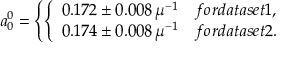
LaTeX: a _ { 0 } ^ { 0 } = \left\{ \left\{ \begin{array} { l l } { { 0 . 1 7 2 \pm 0 . 0 0 8 \, \mu ^ { - 1 } } } & { { f o r d a t a s e t 1 , } } \\ { { 0 . 1 7 4 \pm 0 . 0 0 8 \, \mu ^ { - 1 } } } & { { f o r d a t a s e t 2 . } } \end{array} \right. \right.